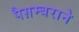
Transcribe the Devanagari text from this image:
पैग़म्बराने